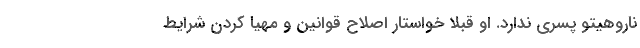
ناروهیتو پسری ندارد. او قبلا خواستار اصلاح قوانین و مهیا کردن شرایط